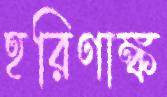
হরিণাঙ্ক